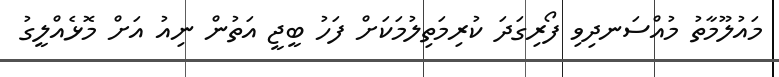
މައުލޫމާތު މުއްސަނދިވި ފޯރިގަދަ ކުރިމަތިލުމަކަށް ފަހު ބީޖީ އަތުން ނިއު އަށް މޮޅެއްލީގު